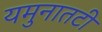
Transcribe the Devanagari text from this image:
यमुनातटी